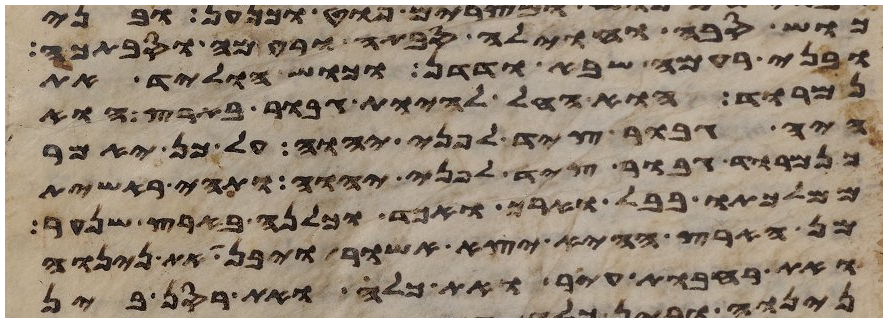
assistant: כוש סבה וחוילה סבתה ורעמה וסבתכה
ובני רעמה שבא ודדן וכוש הוליד את
נמרוד הוא החל להיות גבור בארץ הוא
היה גבור ציד לפני יהוה על כן יאמר
כנמרוד גבור ציד לפני יהוה ותהי ראשית
ממלכתו בבל וארך ואכד וכלנה בארץ שנער
מן הארץ ההיא יצא אשור ויבן את נינוה
ואת רחבות עיר ואת כלח ואת רסן בין